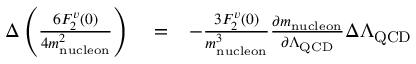
\begin{array} { r l r } { \Delta \left( \frac { 6 F _ { 2 } ^ { v } ( 0 ) } { 4 m _ { \mathrm { n u c l e o n } } ^ { 2 } } \right) } & { { } = } & { - \frac { 3 F _ { 2 } ^ { v } ( 0 ) } { m _ { \mathrm { n u c l e o n } } ^ { 3 } } \frac { \partial m _ { \mathrm { n u c l e o n } } } { \partial \Lambda _ { \mathrm { Q C D } } } \Delta \Lambda _ { \mathrm { Q C D } } } \end{array}